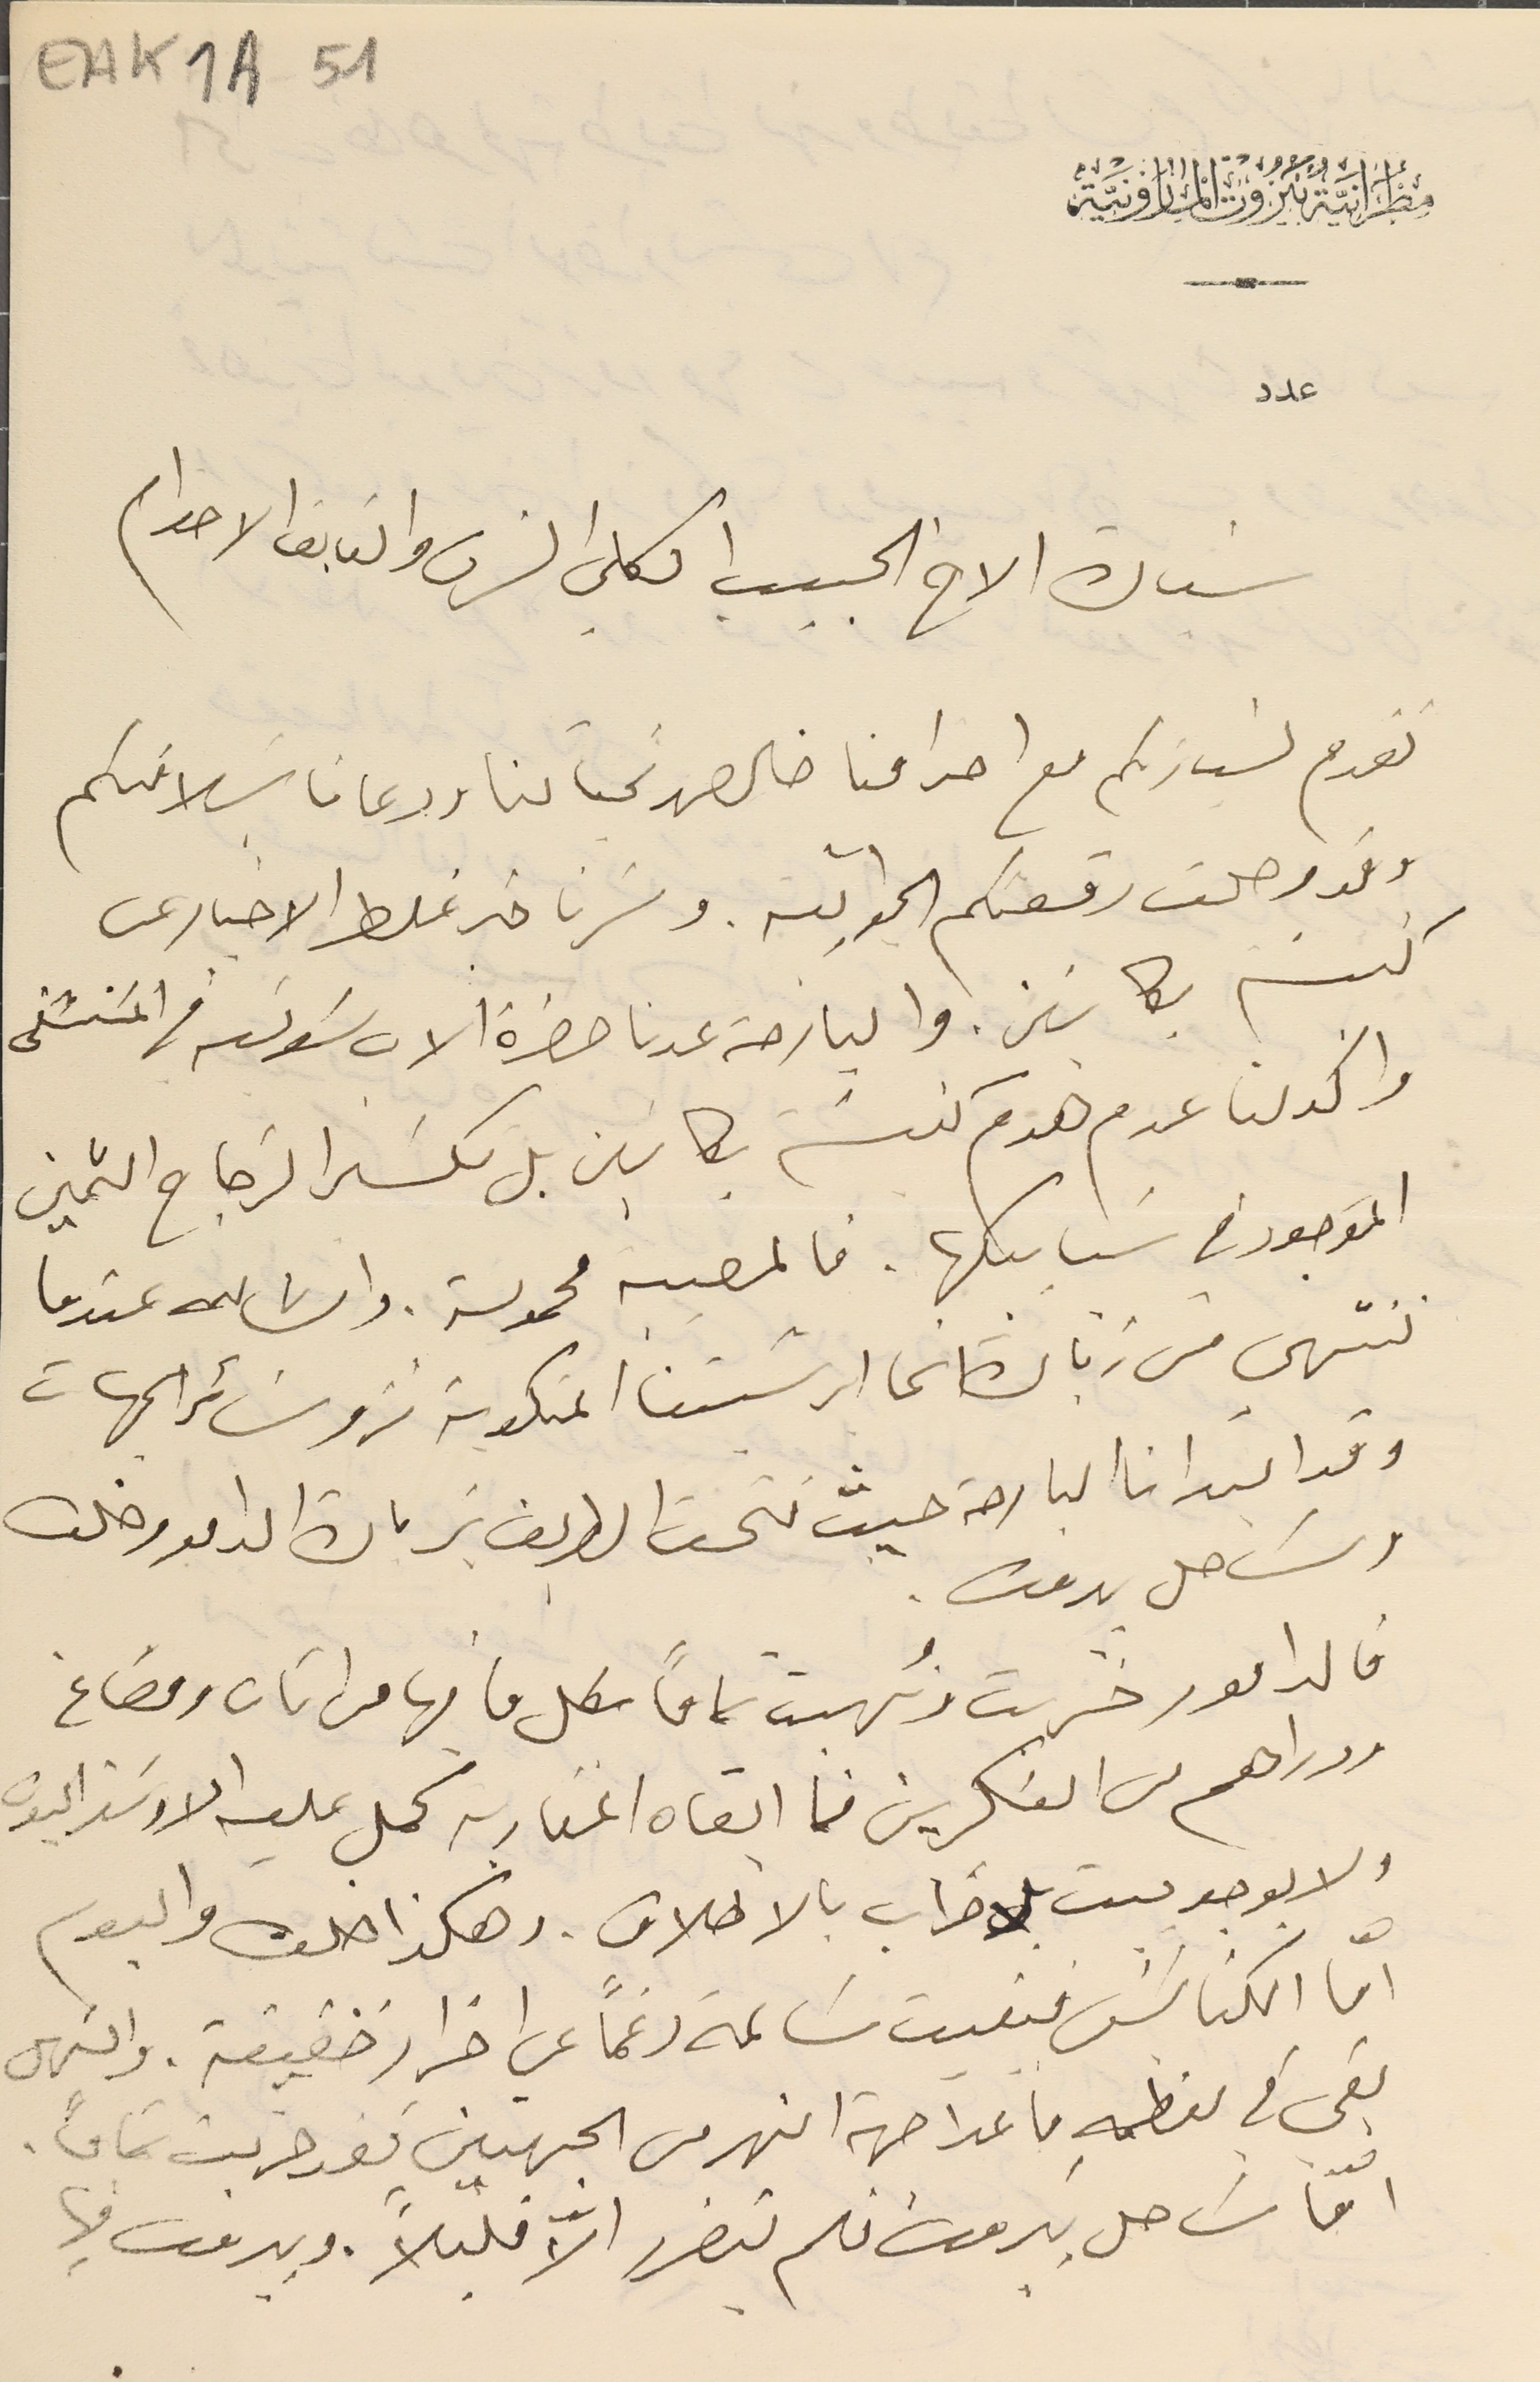
EAK1A-51
مِطرَانيَةُ بَيرُوت المارونيَّة
عدد
سَيادة الأخ الحبيب الكلي الشرف والفايق الاحترام
نقدم لسَيادتكم مع احترامنا خالص تحياتنا ودعانا بسَلامتكم
وقد وصلت رقعتكم الجوابيّه. وسَرنا خبر غلط الاخبار عن
 كنيسَة بكاسَين. والبارحة عدنا حضرة الاب سَولتر فى المسَتشفى
 واكد لنا عدم هدم كنيسَة بكاسَين بل تكسَر الزجاح الثمين
المَوجود في شبابيكها. فالمصيبه محمولة. وانشالله عندما
ننتهي من زيارة ابرشيتنا المنكوبة نزور سائر الجهات
 وقد ابتدانا البارحة حيث فتحت الطريق بزيارة الدامور خلده
وسَاحل بىروت.
فالدامور خرّبت ونُهبت تماماً بكل ما فيها من اثاث ومصاغ
ودراهم من العسَكريين فما ابقاه المغاربه كمل عليه الاوسَتراليون
ولا يوجد بيت بلا خراب بالاطلاق. وهكذا خلت والبوم
 امّا الكنائسَ بقيت سَالمة رغمَا عن اضرار خفيفة. والسَهل
بقي في معظمهِ ما عدا جهة النهر من الجهتين فقد خربت تمامًا.
امّا سَاحل بيروت فلم يتضرر الاّ قليلاً. وبيروت فيها